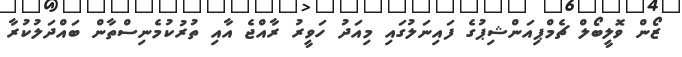
ޒޯން ވޮލީބޯލް ޗެމްޕިއަންޝިޕުގެ ފައިނަލުގައި މިއަދު ހަވީރު ރާއްޖެ އާއި ތުރުކުމެނިސްތާން ބައްދަލުކުރާ